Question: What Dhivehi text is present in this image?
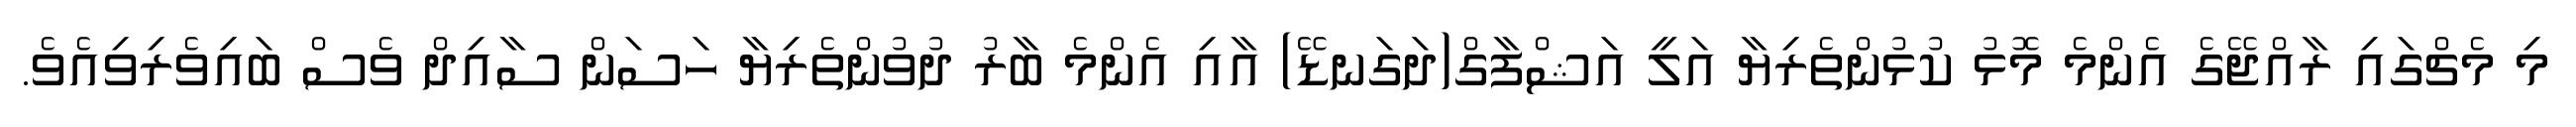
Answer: މި މެޗްގައި ރާއްޖޭގެ އެންމެ މޮޅު ކުޅުންތެރިޔާ އަލީ އަޝްފާގް(ދަގަނޑޭ) އާއި އެންމެ ބާރު ދުވުންތެރިޔާ ހަސަން ސާއިދް ވެސް ބައިވެރިވިއެވެ.